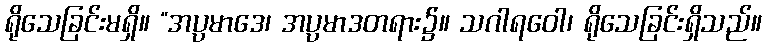
ရိုသေခြင်းမရှိ။ “အပ္ပမာဒေ၊ အပ္ပမာဒတရား၌။ သဂါရဝေါ၊ ရိုသေခြင်းရှိသည်။